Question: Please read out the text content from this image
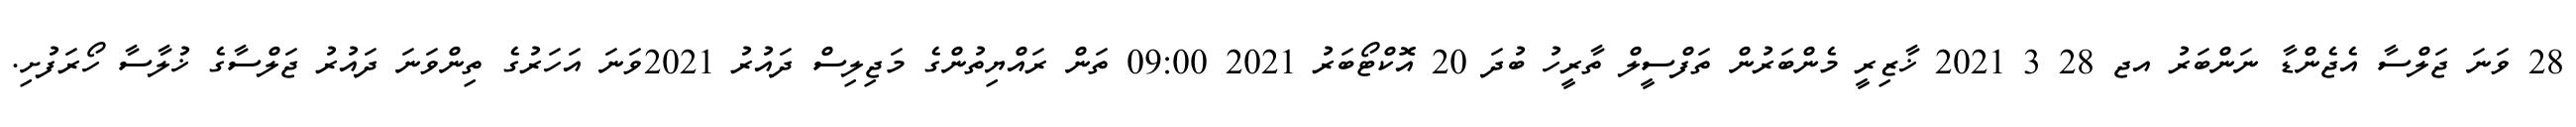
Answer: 28 ވަނަ ޖަލްސާ އެޖެންޑާ ނަންބަރު އޖ 28 3 2021 ޚާޒިރީ މެންބަރުން ތަފްސީލް ތާރީހު ބުދަ 20 އޮކްޓޯބަރު 2021 09:00 ތަން ރައްޔިތުންގެ މަޖިލިސް ދައުރު 2021ވަނަ އަހަރުގެ ތިންވަނަ ދައުރު ޖަލްސާގެ ޚުލާސާ ހޯރަފުށި.